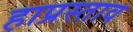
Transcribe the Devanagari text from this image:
हाप्रस्ताव